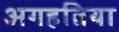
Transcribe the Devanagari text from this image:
अगहतिया